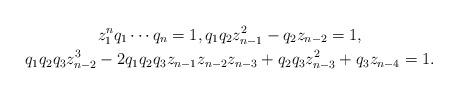
LaTeX: \begin{gather*}z_{1}^n q_1\cdots q_{n}=1, q_1 q_2 z_{n-1}^{2}-q_2 z_{n-2} =1,\\ q_1 q_2 q_3 z_{n-2}^{3}-2 q_1 q_2 q_3 z_{n-1} z_{n-2} z_{n-3}+q_2 q_3 z_{n-3}^2+q_3 z_{n-4}=1. \end{gather*}